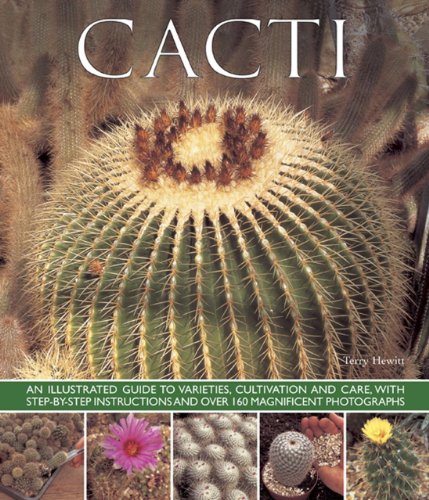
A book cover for Cacti: An Illustrated Guide To Varieties, Cultivation And Care, With Step-By-Step Instructions And Over 160 Magnificent Photographs; Terry Hewitt; Crafts, Hobbies & Home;